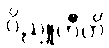
ဝိညူဟီတိ